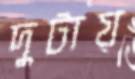
দুটায়